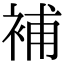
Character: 補